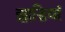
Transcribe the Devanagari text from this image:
झाडि़यां